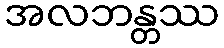
အလဘန္တဿ